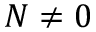
N \neq 0